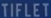
TIFLET